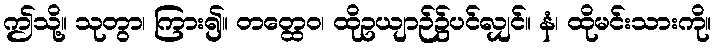
ဤသို့။ သုတွာ၊ ကြား၍။ တတ္ထေဝ၊ ထိုဥယျာဉ်၌ပင်လျှင်။ နံ၊ ထိုမင်းသားကို။